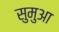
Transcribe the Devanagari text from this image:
सुमुआ